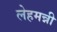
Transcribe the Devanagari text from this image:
लेहमन्नी